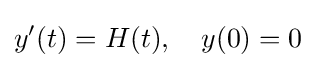
y'(t)=H(t),\quad y(0)=0